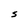
Character: S